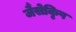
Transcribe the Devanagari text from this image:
जैसेकृिष